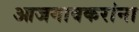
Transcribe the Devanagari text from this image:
आजगावकरांना